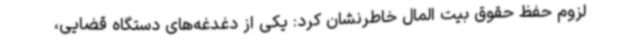
لزوم حفظ حقوق بیت المال خاطرنشان کرد: یکی از دغدغه‌های دستگاه قضایی،